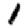
Digit: 1